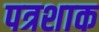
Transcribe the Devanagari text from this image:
पत्रशाक